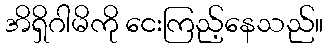
အိရှိဂါမိကို ငေးကြည့်နေသည်။